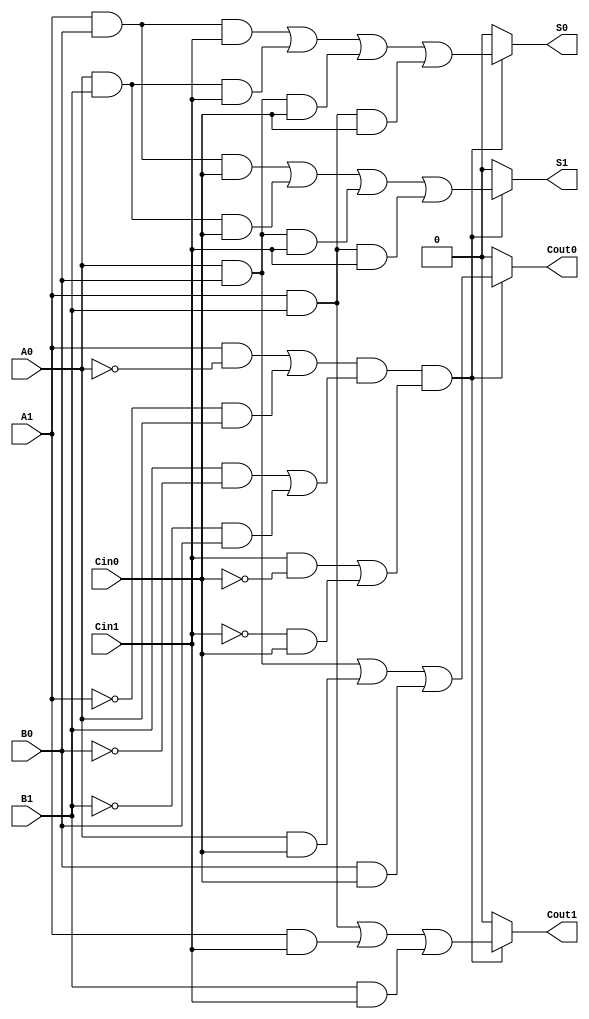
module dual_rail_full_adder (
    input wire A1, A0,  // Dual-rail representation of input A
    input wire B1, B0,  // Dual-rail representation of input B
    input wire Cin1, Cin0, // Dual-rail representation of carry-in
    output reg S1, S0,  // Dual-rail representation of sum output
    output reg Cout1, Cout0 // Dual-rail representation of carry-out output
);

    // Internal signals for validity checks
    wire valid_A = (A1 & ~A0) | (~A1 & A0); // Valid if either A1 or A0 is high, but not both
    wire valid_B = (B1 & ~B0) | (~B1 & B0); // Valid if either B1 or B0 is high, but not both
    wire valid_Cin = (Cin1 & ~Cin0) | (~Cin1 & Cin0); // Valid if either Cin1 or Cin0 is high, but not both

    // Sum and Carry calculations
    always @(*) begin
        if (valid_A && valid_B && valid_Cin) begin
            // Calculate Sum (S) using XOR logic
            S1 = (A1 & B0 & Cin0) | (A0 & B1 & Cin0) | (A0 & B0 & Cin1) | (A1 & B1 & Cin1);
            S0 = (A1 & B0 & Cin1) | (A0 & B1 & Cin1) | (A0 & B0 & Cin0) | (A1 & B1 & Cin0);
            
            // Calculate Carry-out (Cout) using Majority logic
            Cout1 = (A1 & B1) | (A1 & Cin1) | (B1 & Cin1);
            Cout0 = (A0 & B0) | (A0 & Cin0) | (B0 & Cin0);
        end else begin
            // Invalid state handling
            S1 = 1'b0; S0 = 1'b0; // Invalid state for sum
            Cout1 = 1'b0; Cout0 = 1'b0; // Invalid state for carry-out
        end
    end

endmodule